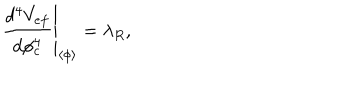
\left. \frac { d ^ { 4 } V _ { e f } } { d \phi _ { c } ^ { 4 } } \right| _ { \left\langle \phi \right\rangle } = \lambda _ { R } ,